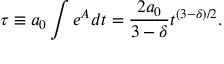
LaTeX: \tau \equiv a _ { 0 } \int e ^ { A } d t = \frac { 2 a _ { 0 } } { 3 - \delta } t ^ { ( 3 - \delta ) / 2 } .